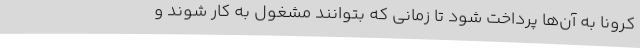
کرونا به آن‌ها پرداخت شود تا زمانی که بتوانند مشغول به کار شوند و